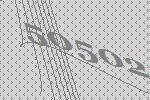
50502